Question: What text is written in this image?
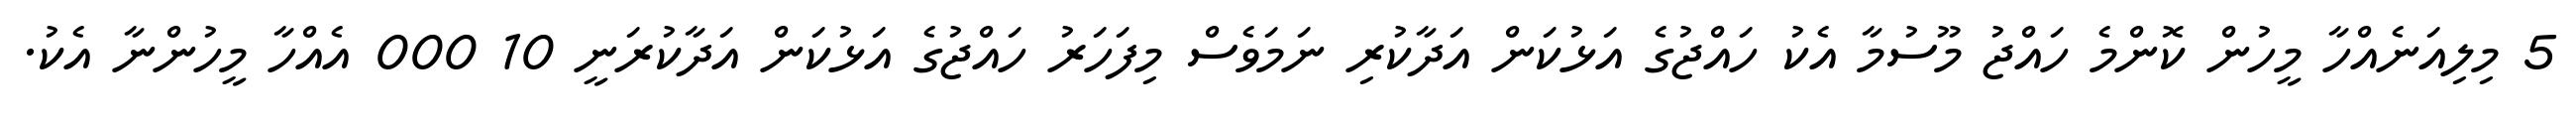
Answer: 5 މިލިއަނެއްހާ މީހުން ކޮންމެ ހައްޖު މޫސުމާ އެކު ހައްޖުގެ އަޅުކަން އަދާކުރި ނަމަވެސް މިފަހަރު ހައްޖުގެ އަޅުކަން އަދާކުރަނީ 10 000 އެއްހާ މީހުންނާ އެކު.